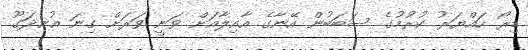
ޑިރޯ ހައްޔަރު ކުރުމުގެ ސަބަބުން އޭނާގެ އާއިލާއަށް ވަނީ ވަރަށް ގިނަ އުނދަގޫ